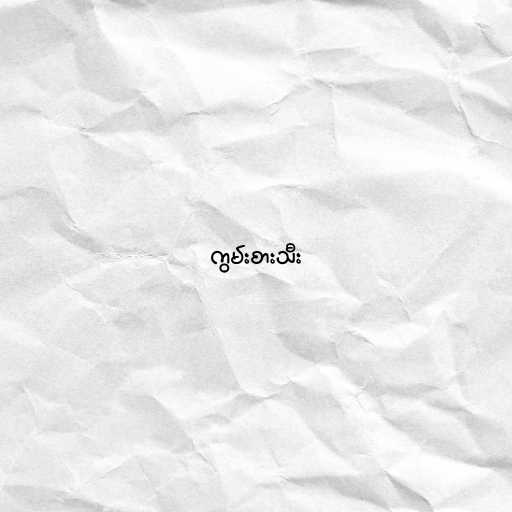
ကွမ်းစားသီး